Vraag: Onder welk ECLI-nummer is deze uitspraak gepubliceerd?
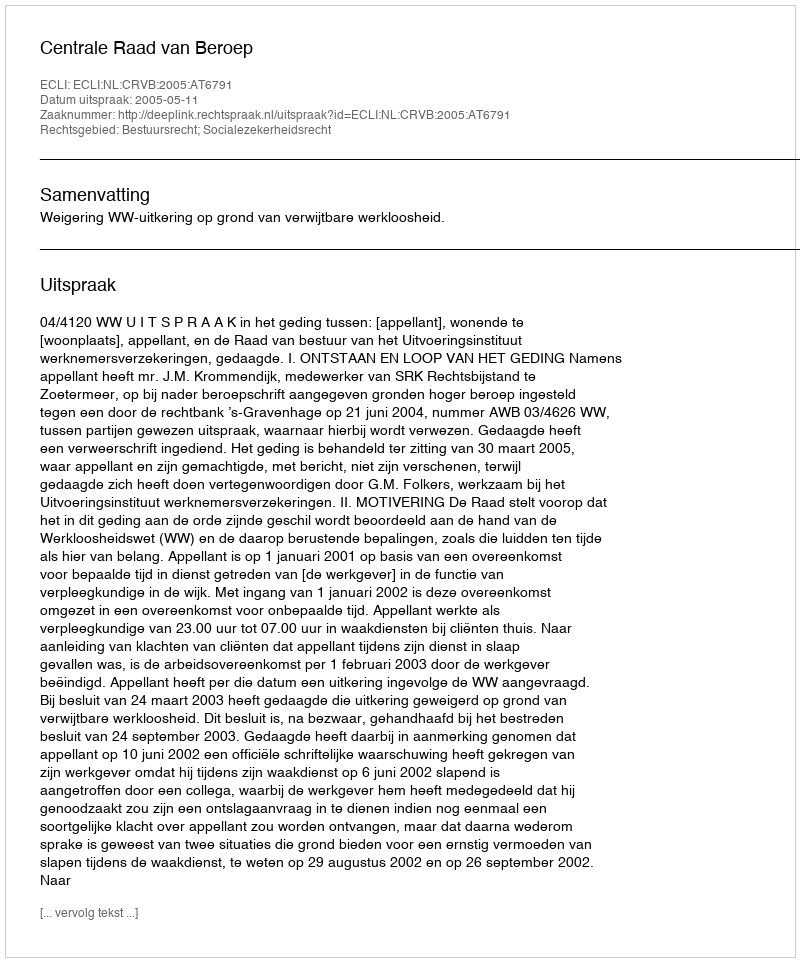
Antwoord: ECLI:NL:CRVB:2005:AT6791